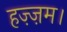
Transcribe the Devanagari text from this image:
हज़्ज़म।